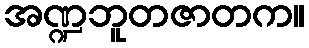
အဏ္ဍဘူတဇာတက။